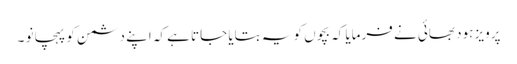
پرویز ہود بھائی نے فرمایا کہ بچوں کو یہ بتایا جاتا ہے کہ اپنے دشمن کو پہچانو ۔